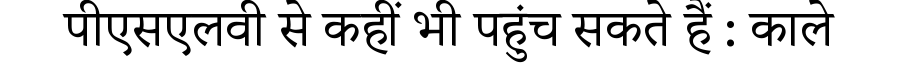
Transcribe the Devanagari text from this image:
पीएसएलवी से कहीं भी पहुंच सकते हैं : काले